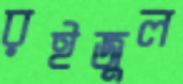
রইজুল